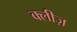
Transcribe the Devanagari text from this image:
क्लीज़